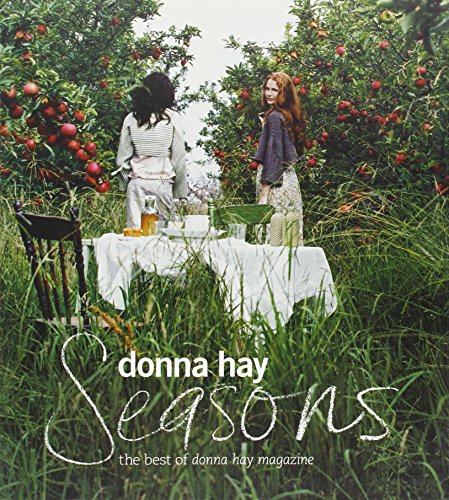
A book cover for Seasons; Donna Hay; Cookbooks, Food & Wine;